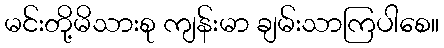
မင်းတို့မိသားစု ကျန်းမာ ချမ်းသာကြပါစေ။